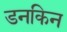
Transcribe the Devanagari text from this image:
डनकिन